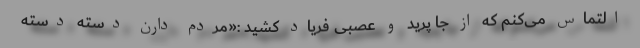
التماس می‌کنم که از جا پرید و عصبی فریاد کشید :«مردم دارن دسته دسته